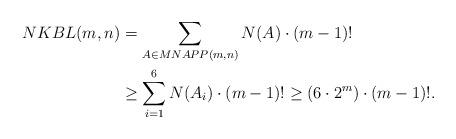
LaTeX: \begin{align*} NKBL(m,n) &= \sum_{A\in MNAPP(m,n)} N(A) \cdot (m-1)! \\ &\ge \sum_{i=1}^{6} N(A_i) \cdot (m-1)! \ge (6\cdot 2^m)\cdot (m-1)!.\end{align*}